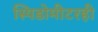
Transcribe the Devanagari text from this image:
स्पिडोमीटरही